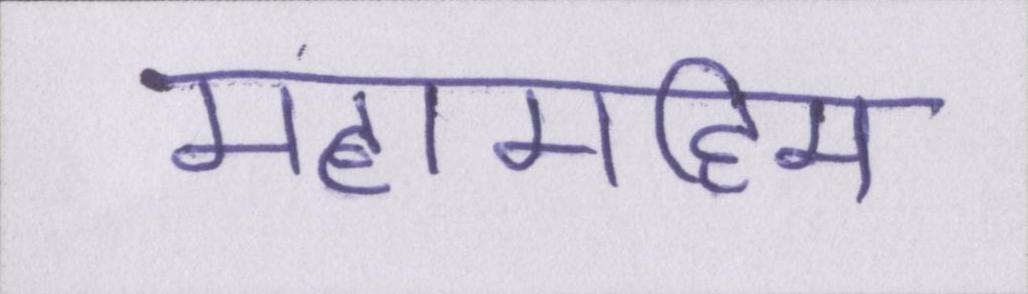
महामहिम